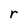
Character: r